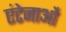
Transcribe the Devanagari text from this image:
एंटेनाओं